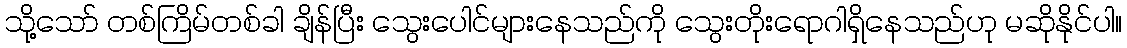
သို့သော် တစ်ကြိမ်တစ်ခါ ချိန်ပြီး သွေးပေါင်များနေသည်ကို သွေးတိုးရောဂါရှိနေသည်ဟု မဆိုနိုင်ပါ။